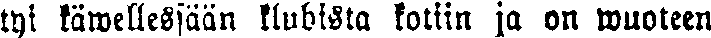
tyi käwellessään klubista kotiin ja on wuoteen